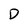
Character: D